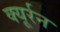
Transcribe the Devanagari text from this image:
क्यूर्रन